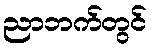
ညာဘက်တွင်